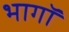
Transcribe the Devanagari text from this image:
भागॉ